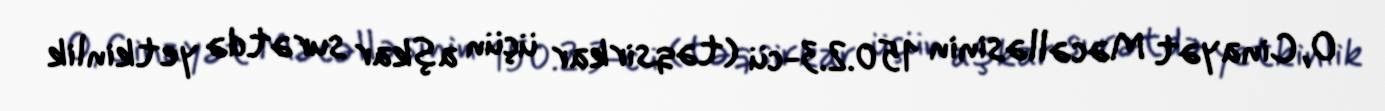
O, Cinayət Məcəlləsinin 150.2.3-cü (təqsirkar üçün aşkar surətdə yetkinlik